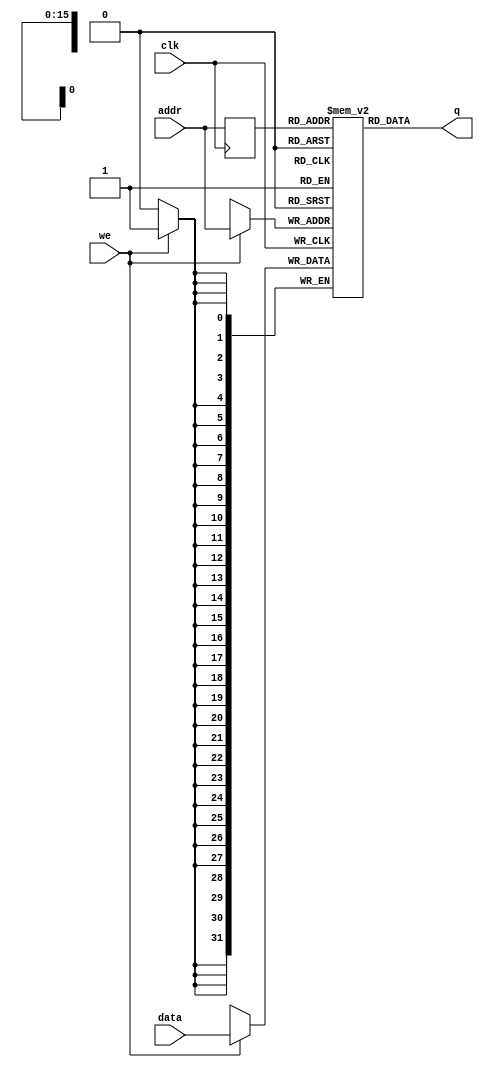
// --------------------------------------------------------------------
//
// --------------------------------------------------------------------


module ram_1p_32x65536( data, addr, we, clk, q );

  parameter DATA_WIDTH = 32;
  parameter ADDR_WIDTH = 16;
  parameter MEM_INIT = 0;
  
  input [(DATA_WIDTH-1):0] data;
  input [(ADDR_WIDTH-1):0] addr;
  input we;
  input clk;
  output [(DATA_WIDTH-1):0] q;
  
  // Declare the RAM variable
  reg [DATA_WIDTH-1:0] ram[2**ADDR_WIDTH-1:0];
  reg [ADDR_WIDTH-1:0] addr_reg;
  
  
  always @ (posedge clk)
    begin
      // Write
      if (we) ram[addr] <= data;
      addr_reg <= addr;
    end
  
  // Read returns NEW data at addr if we == 1'b1. This is the
  // natural behavior of TriMatrix memory blocks in Single Port
  // mode
  assign q = ram[addr_reg];

	generate 
		if( MEM_INIT != 0 )
		  initial
		    $readmemh( MEM_INIT, ram );
	endgenerate		    

endmodule